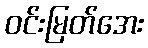
ဝင်းမြတ်အေး